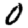
Digit: 0